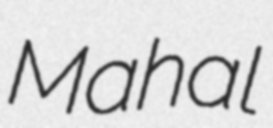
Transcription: Mahal